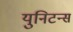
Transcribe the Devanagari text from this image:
युनिटन्स